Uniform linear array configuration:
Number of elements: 4
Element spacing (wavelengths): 0.5
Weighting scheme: binomial
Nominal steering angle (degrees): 0
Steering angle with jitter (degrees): -0.6758
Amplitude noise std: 0.05
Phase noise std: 0.05

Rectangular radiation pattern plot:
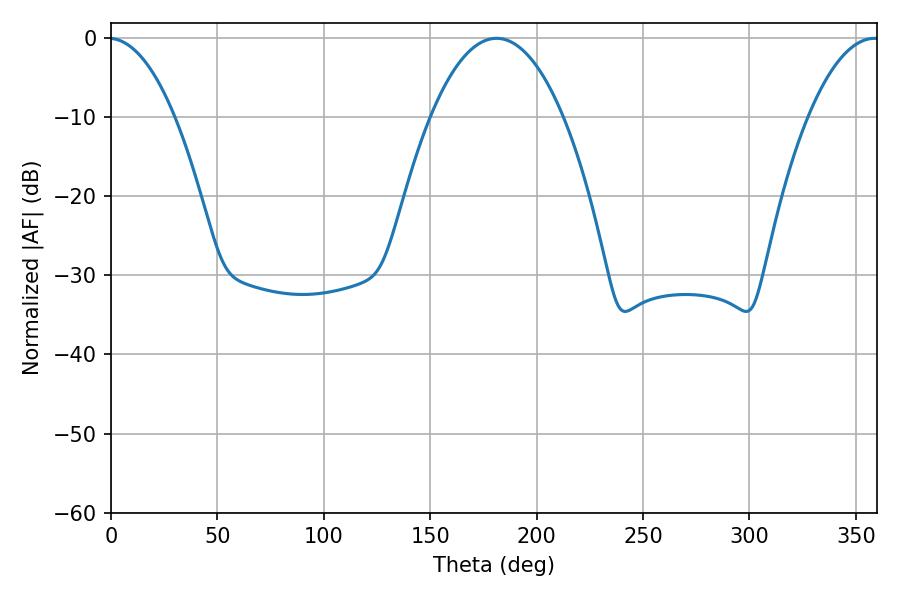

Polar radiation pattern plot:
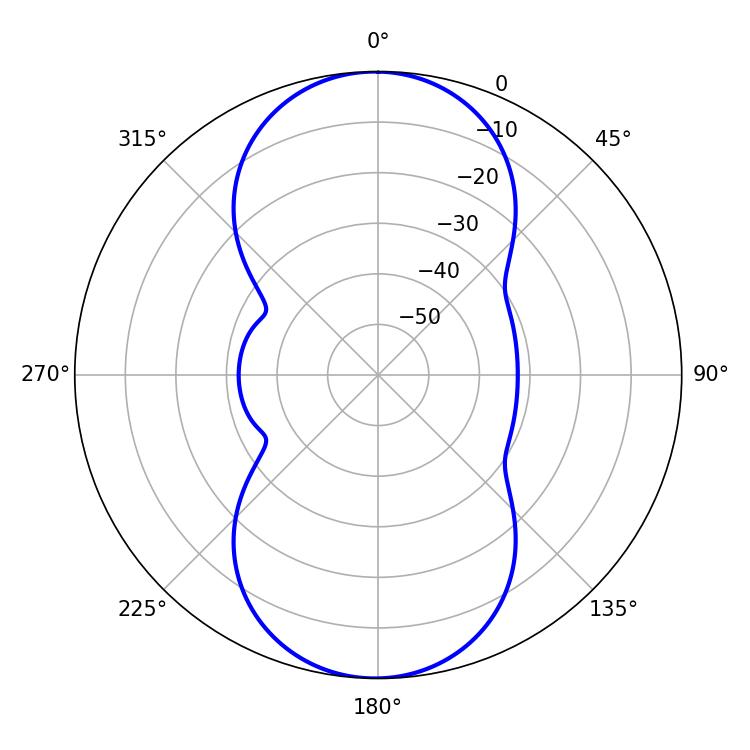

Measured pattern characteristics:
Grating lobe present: FALSE
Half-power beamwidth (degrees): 34.56
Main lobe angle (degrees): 181.08